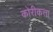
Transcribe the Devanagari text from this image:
कोरीकत्ता